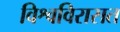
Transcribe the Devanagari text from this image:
विश्वविरासत